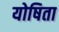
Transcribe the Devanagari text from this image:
योषिता